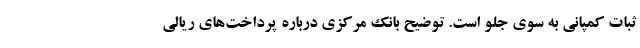
ثبات کمپانی به سوی جلو است. توضیح بانک مرکزی درباره پرداخت‌های ریالی